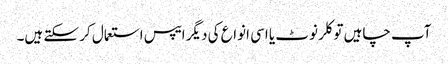
آپ چاہیں تو کلر نوٹ یا اسی انواع کی دیگر ایپس استعمال کر سکتے ہیں۔